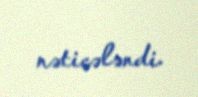
nəticələndi.